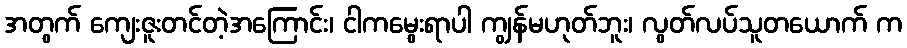
အတွက် ကျေးဇူးတင်တဲ့အကြောင်း၊ ငါကမွေးရာပါ ကျွန်မဟုတ်ဘူး၊ လွတ်လပ်သူတယောက် က